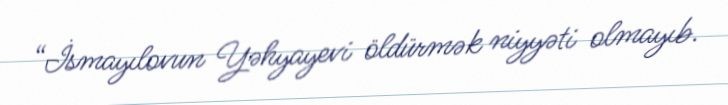
“İsmayılovun Yəhyayevi öldürmək niyyəti olmayıb.